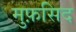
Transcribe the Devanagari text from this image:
मुफ़सिद